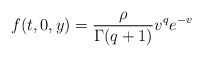
\begin{align*}f(t,0,y)= \frac{\rho}{\Gamma (q+1)}v^qe^{-v}\end{align*}